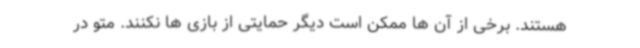
هستند. برخی از آن ها ممکن است دیگر حمایتی از بازی ها نکنند. متو در